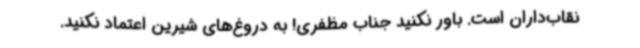
نقاب‌داران است. باور نکنید جناب مظفری! به دروغ‌های شیرین اعتماد نکنید.